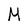
Character: M